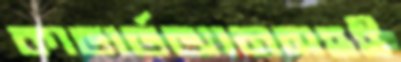
কাভার্ডভ্যানসহই